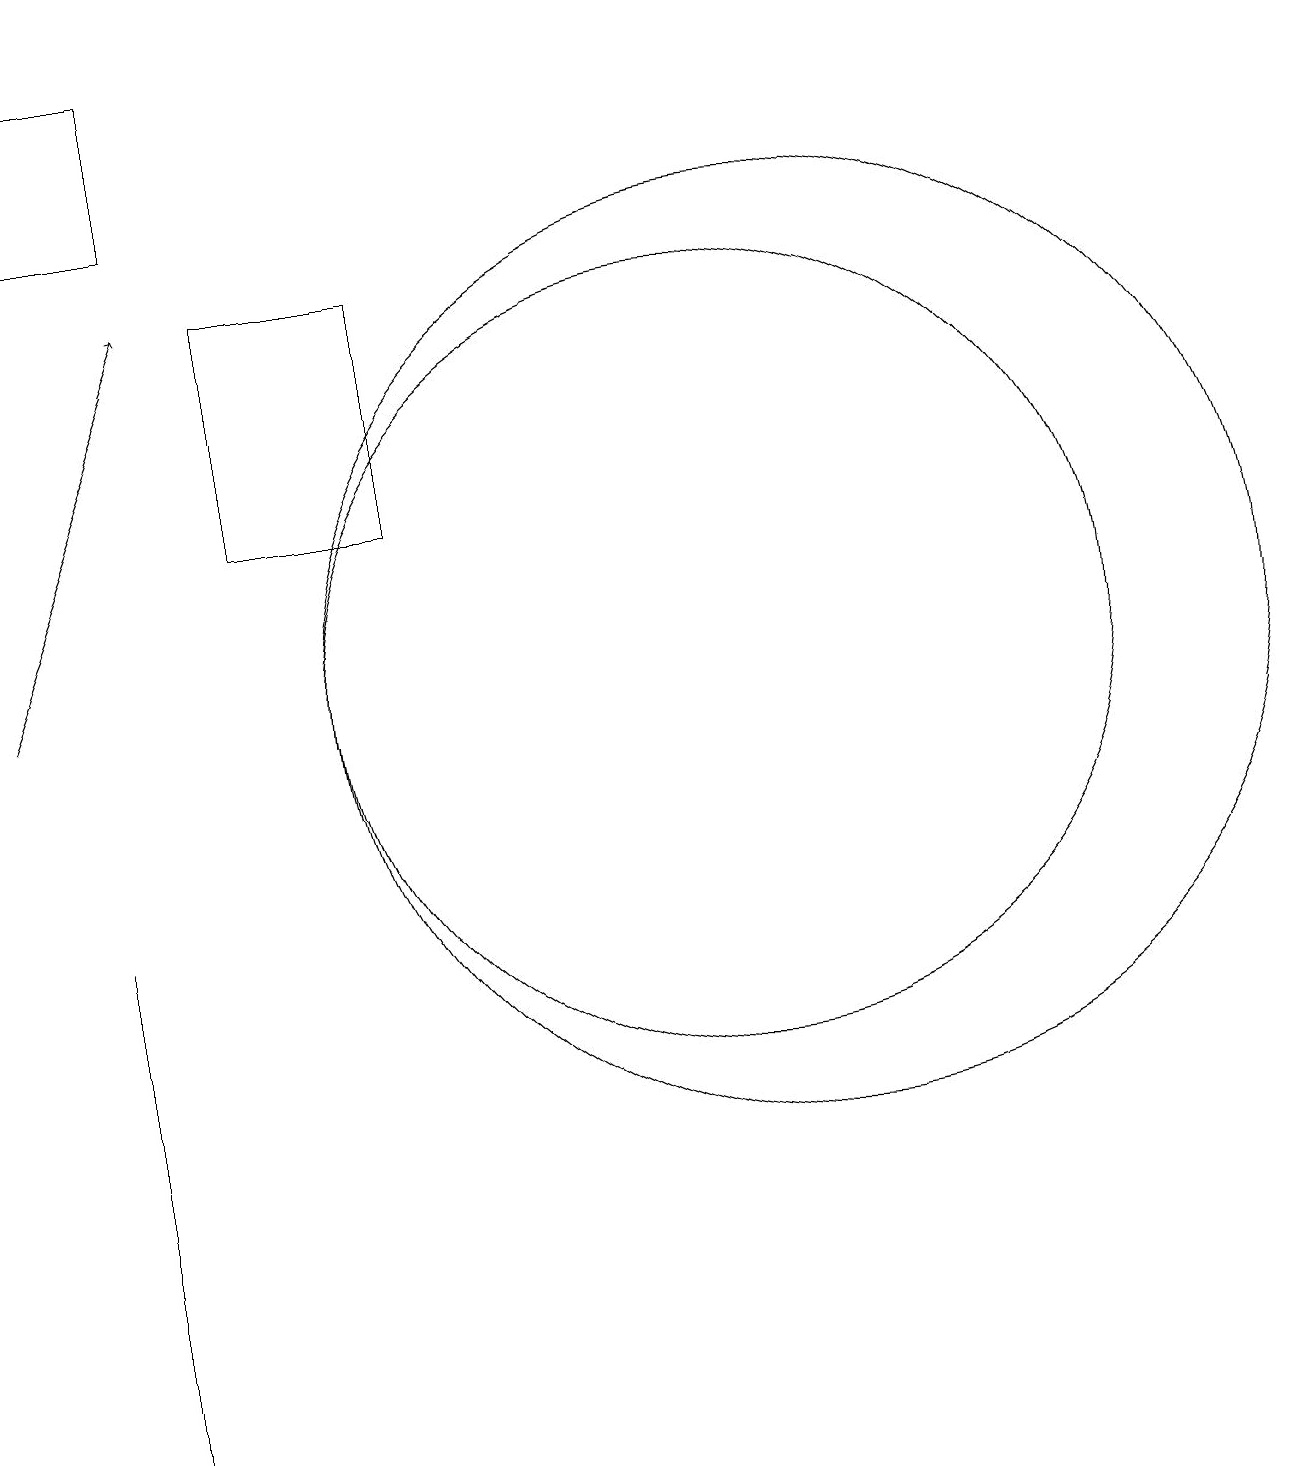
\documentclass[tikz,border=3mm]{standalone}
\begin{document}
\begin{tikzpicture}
\draw (11,11) circle (5);
\draw (12,11) circle (6);
\draw[->] (2,11) -- (4,16);
\draw (3,8) -- (3,1) -- (3,7) -- cycle;
\draw (2,17) rectangle (4,19);
\draw (7,13) rectangle (5,16);
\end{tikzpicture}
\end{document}